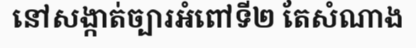
នៅសង្កាត់ច្បារអំពៅទី២ តែសំណាង